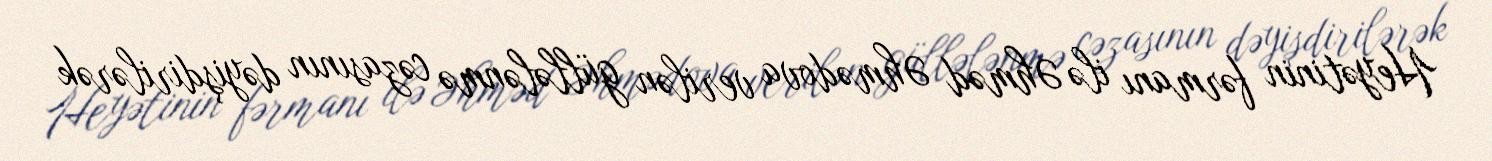
Heyətinin fərmanı ilə Əhməd Əhmədova verilən güllələnmə cəzasının dəyişdirilərək